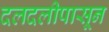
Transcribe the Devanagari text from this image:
दलदलीपासून